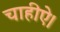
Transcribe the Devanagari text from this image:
चाहीऐ।